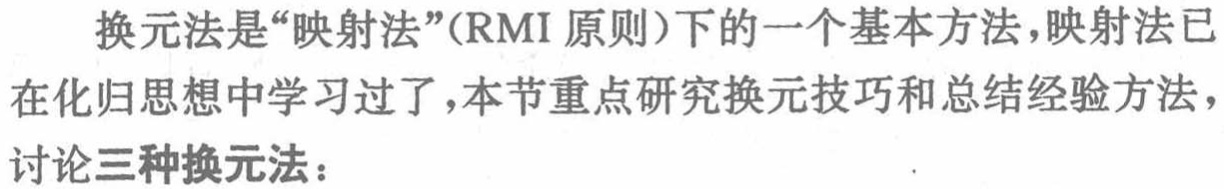
换元法是“映射法”(RMI 原则)下的一个基本方法，映射法已在化归思想中学习过了，本节重点研究换元技巧和总结经验方法，讨论三种换元法：